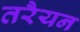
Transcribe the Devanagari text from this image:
तरैयन